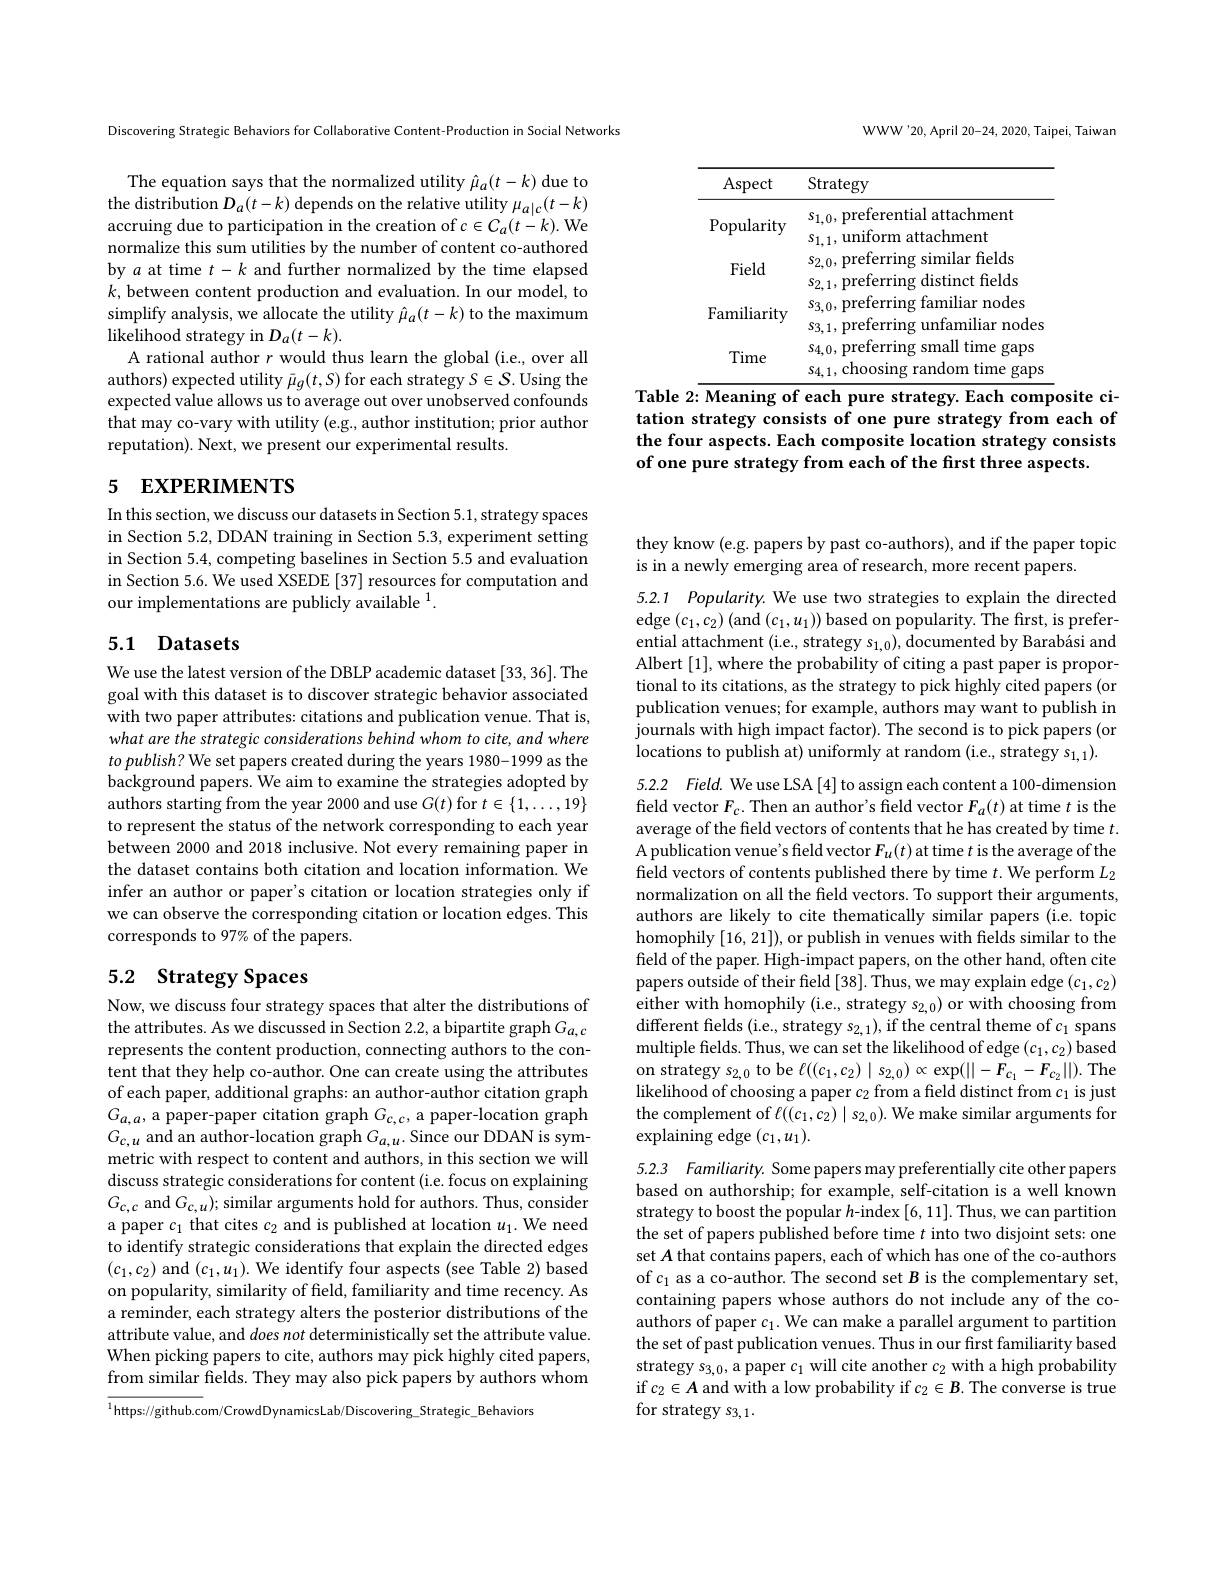
WWW'20, April 20-24, 2020, Taipei, Taiwan

<table>
	<tbody>
		<tr>
			<th>Aspect</th>
			<th>Strategy</th>
		</tr>
		<tr>
			<td>LIVIV</td>
			<td>${\mathrm{g~distinct~fields}}$ $s_{2,1}$,preterrıng</td>
		</tr>
		<tr>
			<td> </td>
			<td>$s_{3,0}$,preterrıng familiar nodes </td>
		</tr>
		<tr>
			<td></td>
			<td>$s_{3.1}$,preferring unfamiliar nodes</td>
		</tr>
		<tr>
			<td rowspan="2">Time</td>
			<td>$s_{4,0}$,preferring small time gaps</td>
		</tr>
		<tr>
			<td>$s_{4,1}$,choosing random time gaps</td>
		</tr>
	</tbody>
</table>
Table 2: Meaning of each pure strategy. Each composite ci-

tation strategy consists of one pure strategy from each of the four aspects. Each composite location strategy consists of one pure strategy from each of the first three aspects.

Discovering Strategic Behaviors for Collaborative Content-Production in Social Networks

The equation says that the normalized utility $\hat{\mu}_a(t-k)$ due to the distribution $D_a(t-k)$ depends on the relative utility $\mu_a|c(t-k)$ accruing due to participation in the creation of $c\in C_a(t-k).$ We normalize this sum utilities by the number of content co-authored by $a$ at time $t-k$ and further normalized by the time elapsed $k$, between content production and evaluation. In our model, to simplify analysis, we allocate the utility $\hat{\mu}_a(t-k)$ to the maximum likelihood strategy in $D_a(t-k).$
A rational author $r$ would thus learn the global (i.e., over all authors) expected utility $\bar{\mu}_g(t,S)$ for each strategy $S\in\mathcal{S}.$ Using the expected value allows us to average out over unobserved confounds that may co-vary with utility (e.g., author institution; prior author reputation). Next, we present our experimental results.

# 5 EXPERIMENTS

In this section, we discuss our datasets in Section 5.1, strategy spaces in Section 5.2, DDAN training in Section 5.3, experiment setting in Section 5.4, competing baselines in Section 5.5 and evaluation in Section 5.6. We used XSEDE [37] resources for computation and our implementations are publicly available $^{1}.$

## 5.1 Datasets

We use the latest version of the DBLP academic dataset [33, 36]. The goal with this dataset is to discover strategic behavior associated with two paper attributes: citations and publication venue. That is, what are the strategic considerations behind whom to cite, and where to publish? We set papers created during the years 1980-1999 as the background papers. We aim to examine the strategies adopted by authors starting from the year 2000 and use $G(t)$ for $t\in\{1,\ldots,19\}$ to represent the status of the network corresponding to each year between 2000 and 2018 inclusive. Not every remaining paper in the dataset contains both citation and location information. We infer an author or paper's citation or location strategies only if we can observe the corresponding citation or location edges. This corresponds to 97% of the papers.

# 5.2 Strategy Spaces

Now, we discuss four strategy spaces that alter the distributions of the attributes. As we discussed in Section 2.2, a bipartite graph $G_{a,c}$ represents the content production, connecting authors to the content that they help co-author. One can create using the attributes of each paper, additional graphs: an author-author citation graph $G_{a,a}$,a paper-paper citation graph $G_c,c$,a paper-location graph $G_{c,u}$ and an author-location graph $G_a,u.$ Since our DDAN is symmetric with respect to content and authors, in this section we will discuss strategic considerations for content (i.e. focus on explaining $G_{c,c}$ and $G_c,u);$ similar arguments hold for authors. Thus, consider a paper $c_1$ that cites $c_2$ and is published at location $u_1.$ We need to identify strategic considerations that explain the directed edges $(c_1,c_2)$ and $(c_1,u_1).$ We identify four aspects (see Table 2) based on popularity, similarity of feld, familiarity and time recency. As a reminder, each strategy alters the posterior distributions of the attribute value, and $does\textit{not deterministically set the attribute value}.$ When picking papers to cite, authors may pick highly cited papers, from similar fields. They may also pick papers by authors whom

$^{1}$https://github.com/CrowdDynamicsLab/Discovering\_Strategic\_Behaviors

they know (e.g. papers by past co-authors), and if the paper topic
is in a newly emerging area of research, more recent papers.

5.2.1 Popularity. We use two strategies to explain the directed edge $(c_1,c_2)$ (and $(c_1,u_1))$ based on popularity. The first, is preferential attachment (i.e., strategy $s_1,0)$, documented by Barabási and Albert [1],where the probability of citing a past paper is proportional to its citations, as the strategy to pick highly cited papers (or publication venues; for example, authors may want to publish in journals with high impact factor). The second is to pick papers (or locations to publish at) uniformly at random (i.e, strategy s$_1,1).$

5.2.2 Field. We use LSA [4] to assign each content a 100-dimension field vector $F_c.$ Then an author's field vector $F_a(t)$ at time $t$ is the

average of the field vectors of contents that he has created by time $t.$ A publication venue's field vector $F_u(t)$ at time $t$ is the average of the field vectors of contents published there by time $t.$ We perform $L_2$ normalization on all the field vectors. To support their arguments, authors are likely to cite thematically similar papers (i.e. topic homophily [16,21]), or publish in venues with fields similar to the field of the paper. High-impact papers, on the other hand, often cite papers outside of their feld [38]. Thus, we may explain edge $(c_1,c_2)$ either with homophily (i.e., strategy $s_{2,0})$ or with choosing from different fields (i.e., strategy $s_2,1)$,if the central theme of $c_1$ spans multiple fields. Thus, we can set the likelihood of edge $(c_1,c_2)$ based on strategy $s_{2,0}$ to be $\ell((c_1,c_2)\mid s_{2,0})\propto\exp(||-F_{c_1}-F_{c_2}||).$The likelihood of choosing a paper $c_2$ from a from a field distinct from $c_1$ is just the complement of $\ell((c_1,c_2)|s_{2,0}).$ We make similar arguments for explaining edge $(c_1,u_1).$

5.2.3 Familiarity. Some papers may preferentially cite other papers based on authorship; for example, self-citation is a well known strategy to boost the popular $h$-index [6, 11]. Thus, we can partition the set of papers published before time $t$ into two disjoint sets: one set $A$ that contains papers, each of which has one of the co-authors of $c_1$ as a co-author. The second set $B$ is the complementary set, containing papers whose authors do not include any of the coauthors of paper $c_1.$ We can make a parallel argument to partition the set of past publication venues. Thus in our first familiarity based strategy $s_{3,0}$, a paper $c_1$ will cite another $c_2$ with a high probability if $c_2\in\boldsymbol{A}$ and with a low probability if $c_2\in\boldsymbol{B}.$ The converse is true for strategy s3,1.